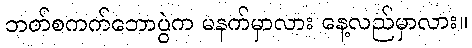
ဘတ်စကက်ဘောပွဲက မနက်မှာလား နေ့လည်မှာလား။